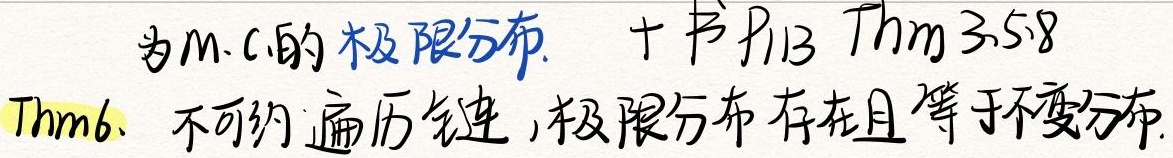
为m.c.的极限分布. 十书P113 Thm 3.5.8
Thm6. 不可约遍历链,极限分布存在且等于不变分布.